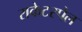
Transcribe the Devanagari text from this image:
राकेटस्पेल